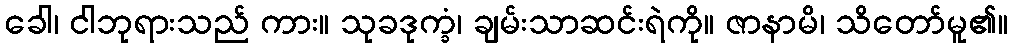
ခေါ၊ ငါဘုရားသည် ကား။ သုခဒုက္ခံ၊ ချမ်းသာဆင်းရဲကို။ ဇာနာမိ၊ သိတော်မူ၏။